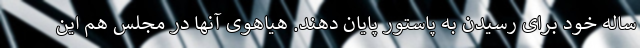
ساله خود برای رسیدن به پاستور پایان دهند. هیاهوی آنها در مجلس هم این